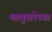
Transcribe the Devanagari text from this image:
मालुसरेच्या